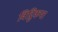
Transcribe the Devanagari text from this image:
विट्ठिकथा